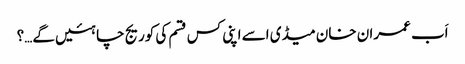
اَب عمران خان میڈی اسے اپنی کس قسم کی کوریج چاہئیں گے…؟